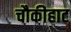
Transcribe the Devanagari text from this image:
चौकीहाट